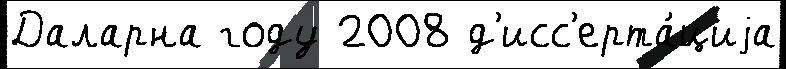
Даларна году 2008 д'исс'ерта́циjа